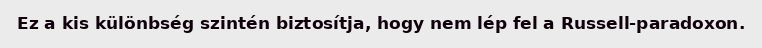
Ez a kis különbség szintén biztosítja, hogy nem lép fel a Russell-paradoxon.